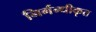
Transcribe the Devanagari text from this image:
निर्गन्धीकृत